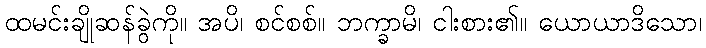
ထမင်းချိုဆန်ခွဲကို။ အပိ၊ စင်စစ်။ ဘက္ခာမိ၊ ငါးစား၏။ ယောယာဒိသော၊